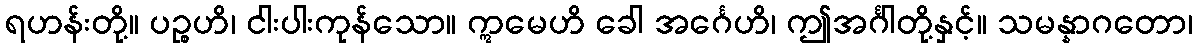
ရဟန်းတို့။ ပဉ္စဟိ၊ ငါးပါးကုန်သော။ ဣမေဟိ ခေါ အင်္ဂေဟိ၊ ဤအင်္ဂါတို့နှင့်။ သမန္နာဂတော၊